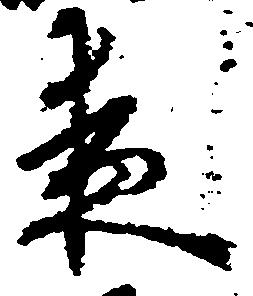
夜